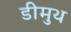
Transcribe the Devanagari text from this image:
डीमुथ